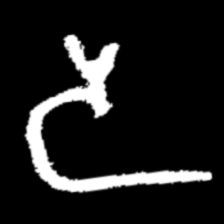
Pyu character \u2014 Myanmar letter: ဒ (romanized: da)